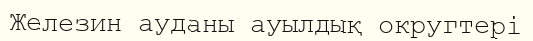
Железин ауданы ауылдық округтері